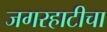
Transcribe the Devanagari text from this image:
जगरहाटीचा